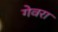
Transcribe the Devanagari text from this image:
गेवरा